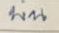
บน